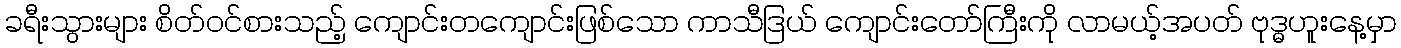
ခရီးသွားများ စိတ်ဝင်စားသည့် ကျောင်းတကျောင်းဖြစ်သော ကာသီဒြယ် ကျောင်းတော်ကြီးကို လာမယ့်အပတ် ဗုဒ္ဓဟူးနေ့မှာ